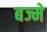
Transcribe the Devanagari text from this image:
बज्मे